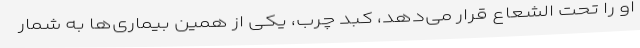
او را تحت الشعاع قرار می‌دهد، کبد چرب، یکی از همین بیماری‌ها به شمار